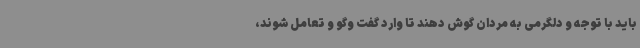
باید با توجه و دلگرمی به مردان گوش دهند تا وارد گفت وگو و تعامل شوند،